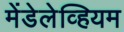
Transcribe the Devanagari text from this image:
मेंडेलेव्हियम